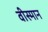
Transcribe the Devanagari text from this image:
वीस्मान